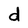
Character: d